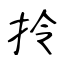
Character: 拎